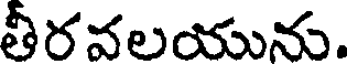
తీరవలయును.